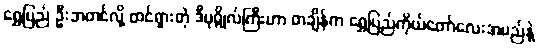
ရွှေပြည် ဦးဘတင်လို့ ထင်ရှားတဲ့ ဒီပုဂ္ဂိုလ်ကြီးဟာ တချိန်က ရွှေပြည်ကိုယ်တော်လေးအမည်နဲ့